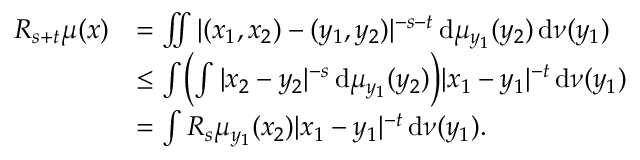
\begin{array} { r l } { R _ { s + t } \mu ( x ) } & { = \iint | ( x _ { 1 } , x _ { 2 } ) - ( y _ { 1 } , y _ { 2 } ) | ^ { - s - t } \, \mathrm { d } \mu _ { y _ { 1 } } ( y _ { 2 } ) \, \mathrm { d } \nu ( y _ { 1 } ) } \\ & { \leq \int \biggl ( \int | x _ { 2 } - y _ { 2 } | ^ { - s } \, \mathrm { d } \mu _ { y _ { 1 } } ( y _ { 2 } ) \biggr ) | x _ { 1 } - y _ { 1 } | ^ { - t } \, \mathrm { d } \nu ( y _ { 1 } ) } \\ & { = \int R _ { s } \mu _ { y _ { 1 } } ( x _ { 2 } ) | x _ { 1 } - y _ { 1 } | ^ { - t } \, \mathrm { d } \nu ( y _ { 1 } ) . } \end{array}